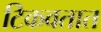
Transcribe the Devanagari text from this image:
टिकवतात